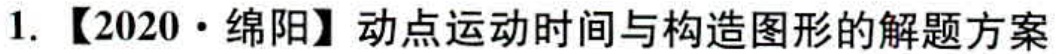
1. 【2020·绵阳】动点运动时间与构造图形的解题方案